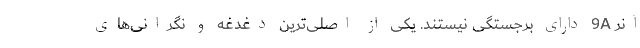
آنر 9A دارای برجستگی نیستند. یکی از اصلی‌ترین دغدغه‌ و نگرانی‌های